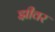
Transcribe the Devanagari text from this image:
झीवर